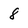
Character: 8